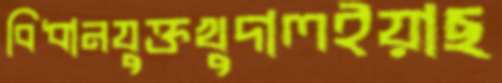
বিধানযুক্তখুদালইয়াছ